Sketch of the medical history of the native army of Bombay, for the year
Year: 1872
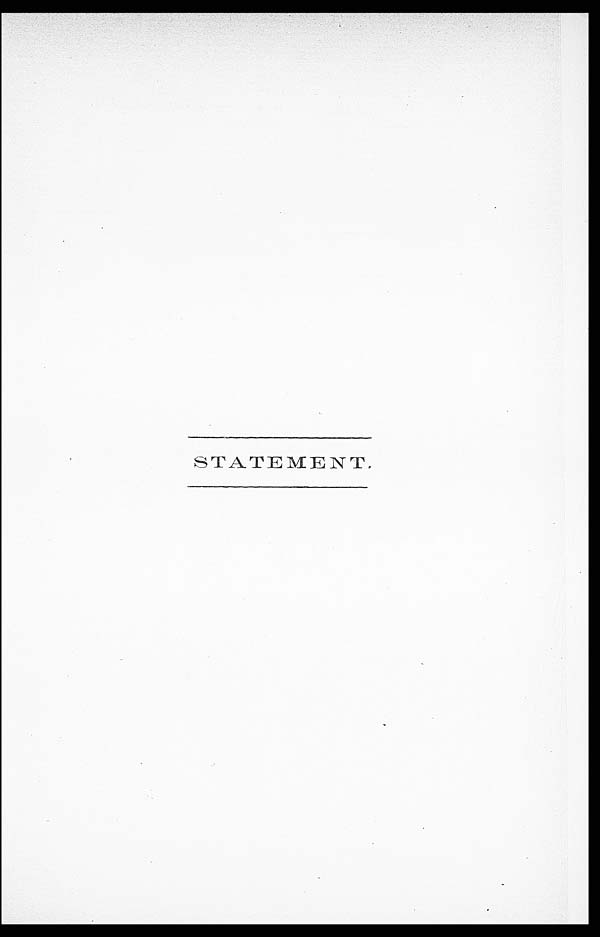
STATEMENT.